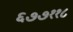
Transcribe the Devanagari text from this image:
६७७११८